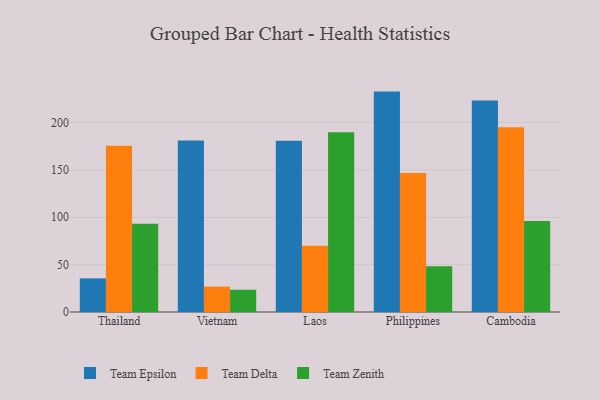
{"axis": {"x": "Country", "y": "Humidity (%)"}, "legend": ["Team Delta", "Team Epsilon", "Team Zenith"], "data": [{"x": "Thailand", "y": 35.5, "type": "Team Epsilon"}, {"x": "Thailand", "y": 175.5, "type": "Team Delta"}, {"x": "Thailand", "y": 93.1, "type": "Team Zenith"}, {"x": "Vietnam", "y": 181.0, "type": "Team Epsilon"}, {"x": "Vietnam", "y": 26.8, "type": "Team Delta"}, {"x": "Vietnam", "y": 23.5, "type": "Team Zenith"}, {"x": "Laos", "y": 180.8, "type": "Team Epsilon"}, {"x": "Laos", "y": 69.8, "type": "Team Delta"}, {"x": "Laos", "y": 189.8, "type": "Team Zenith"}, {"x": "Philippines", "y": 232.6, "type": "Team Epsilon"}, {"x": "Philippines", "y": 146.7, "type": "Team Delta"}, {"x": "Philippines", "y": 48.2, "type": "Team Zenith"}, {"x": "Cambodia", "y": 223.2, "type": "Team Epsilon"}, {"x": "Cambodia", "y": 195.0, "type": "Team Delta"}, {"x": "Cambodia", "y": 96.1, "type": "Team Zenith"}]}